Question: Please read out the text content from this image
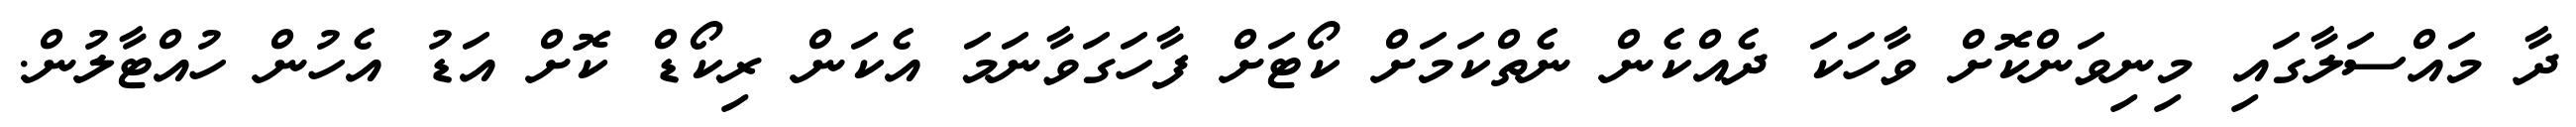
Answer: ދާ މައްސަލާގައި މިނިވަންކޮށް ވާހަކަ ދެއްކެން ނެތްކަމަށް ކޯޓަށް ފާހަގަވާނަމަ އެކަން ރިކޯޑް ކޮށް އަޑު އެހުން ހުއްޓާލުން.